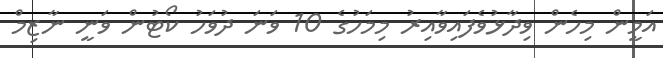
އަމީން މިހެން ވިދާޅުވެފައިވާއިރު މިމަހުގެ 10 ވަަނަ ދުވަހު ކޯޓުން ވަނީ ނާޒިމް